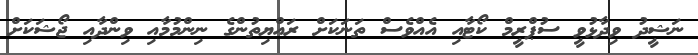
ނަޝީދު ވިދާޅުވީ ސުޕްރީމް ކޯޓާއި އެއްވެސް ތަނަކަށް ރައްޔިތުންގެ ނިންމުމާއި ވިންދާއި ޖޯޝަކަށް